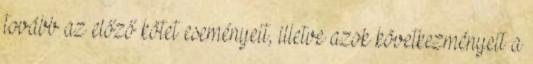
tovább az előző kötet eseményeit, illetve azok következményeit a